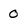
Character: 0